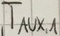
Text: TAUX,1